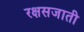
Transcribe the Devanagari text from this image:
रक्षसजाती